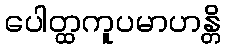
ပေါတ္ထကူပမာဟန္တိ